Annual vaccination report of Bihar and Orissa - 1911-1928
Year: 1911
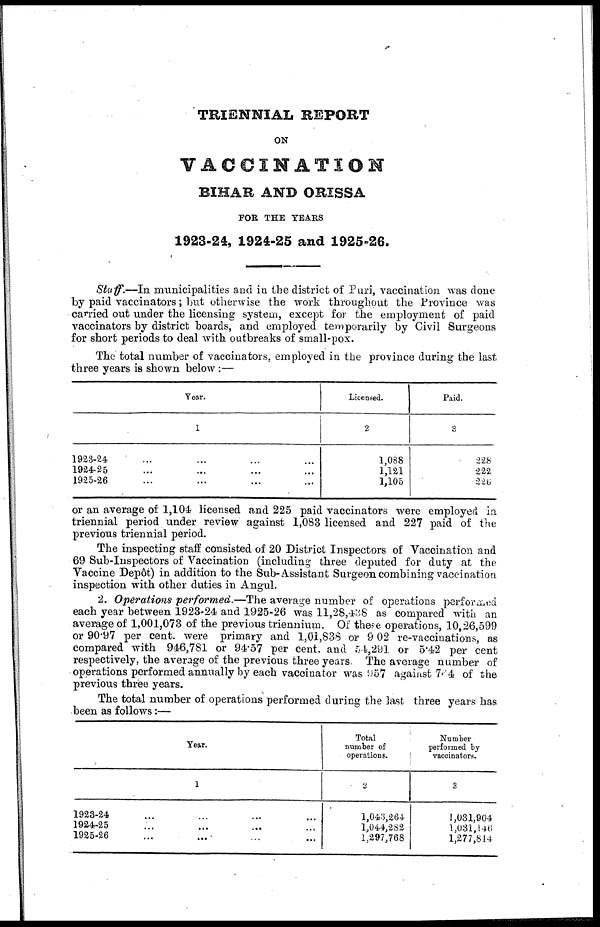
TRIENNIAL REPORT
ON
VACCINATION
BIHAR AND ORISSA
FOR THE YEARS
1923-24, 1924-25 and 1925-26.
Staff.—In municipalities and in the district of Puri, vaccination was done
by paid vaccinators; but otherwise the work throughout the Province was
carried out under the licensing system, except for the employment of paid
vaccinators by district boards, and employed temporarily by Civil Surgeons
for short periods to deal with outbreaks of small-pox.
The total number of vaccinators, employed in the province during the last
three years is shown below :—
Year.
1
1923-24
1924-25
1925-26
Licensed.
2
1,088
1,121
1,105
Paid.
3
228
222
226
or an average of 1,104 licensed and 225 paid vaccinators were employed in
triennial period under review against 1,083 licensed and 227 paid of the
previous triennial period.
The inspecting staff consisted of 20 District Inspectors of Vaccination and
69 Sub-Inspectors of Vaccination (including three deputed for duty at the
Vaccine Depôt) in addition to the Sub-Assistant Surgeon combining vaccination
inspection with other duties in Angul.
2. Operations performed.—The average number of operations performed
each year between 1923-24 and 1925-26 was 11,28,438 as compared with an
average of 1,001,073 of the previous triennium. Of these operations, 10,26,599
or 90.97 per cent. were primary and 1,01,838 or 9 02 re-vaccinations, as
compared with 946,781 or 94.57 per cent. and 54,291 or 5.42 per cent
respectively, the average of the previous three years. The average number of
operations performed annually by each vaccinator was 957 against 764 of the
previous three years.
The total number of operations performed during the last three years has
been as follows:—
Year.
1
1923-24
1924-25
1925-26
Total
number of
operations.
2
1,043,264
1,044,282
1,297,768
Number
performed by
vaccinators.
3
1,031,904
1,031,146
1,277,814